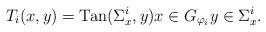
LaTeX: \begin{align*}T_i(x,y) &= {\rm Tan}(\Sigma^i_x,y) x \in G_{\varphi_i} y \in \Sigma_x^i.\end{align*}